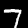
Digit: 7